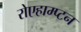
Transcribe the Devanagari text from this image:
रोएहाम्प्टन